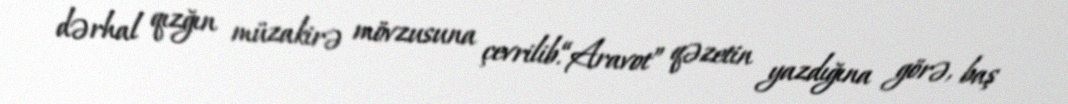
dərhal qızğın müzakirə mövzusuna çevrilib.“Aravot” qəzetin yazdığına görə, baş